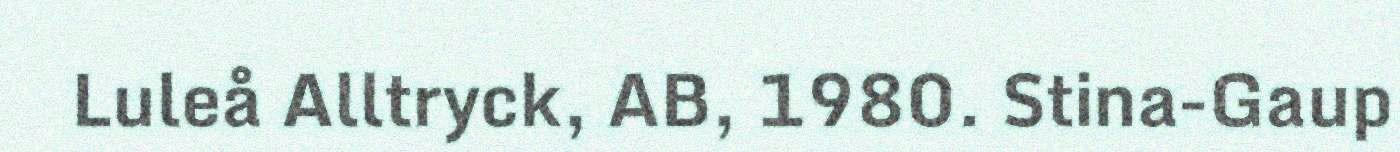
Luleå Alltryck, AB, 1980. Stina-Gaup